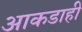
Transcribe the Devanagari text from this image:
आकडाही